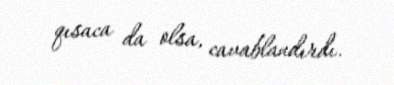
qısaca da olsa, cavablandırdı.